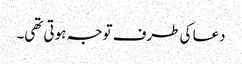
دعا کی طرف توجہ ہوتی تھی۔